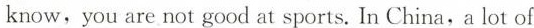
know,you are not good at sports. In China,a lot of